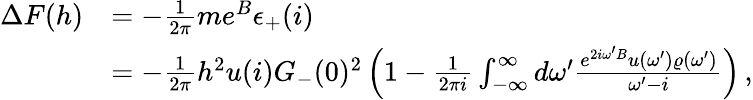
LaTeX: \begin{array}{rl}{\Delta F(h)}&{=-\frac{1}{2\pi}me^{B}\epsilon_{+}(i)}\\ &{=-\frac{1}{2\pi}h^{2}u(i)G_{-}(0)^{2}\left(1-\frac{1}{2\pi i}\int_{-\infty}^{\infty}d\omega^{\prime}\frac{e^{2i\omega^{\prime}B}u(\omega^{\prime})\varrho(\omega^{\prime})}{\omega^{\prime}-i}\right)\, ,}\end{array}